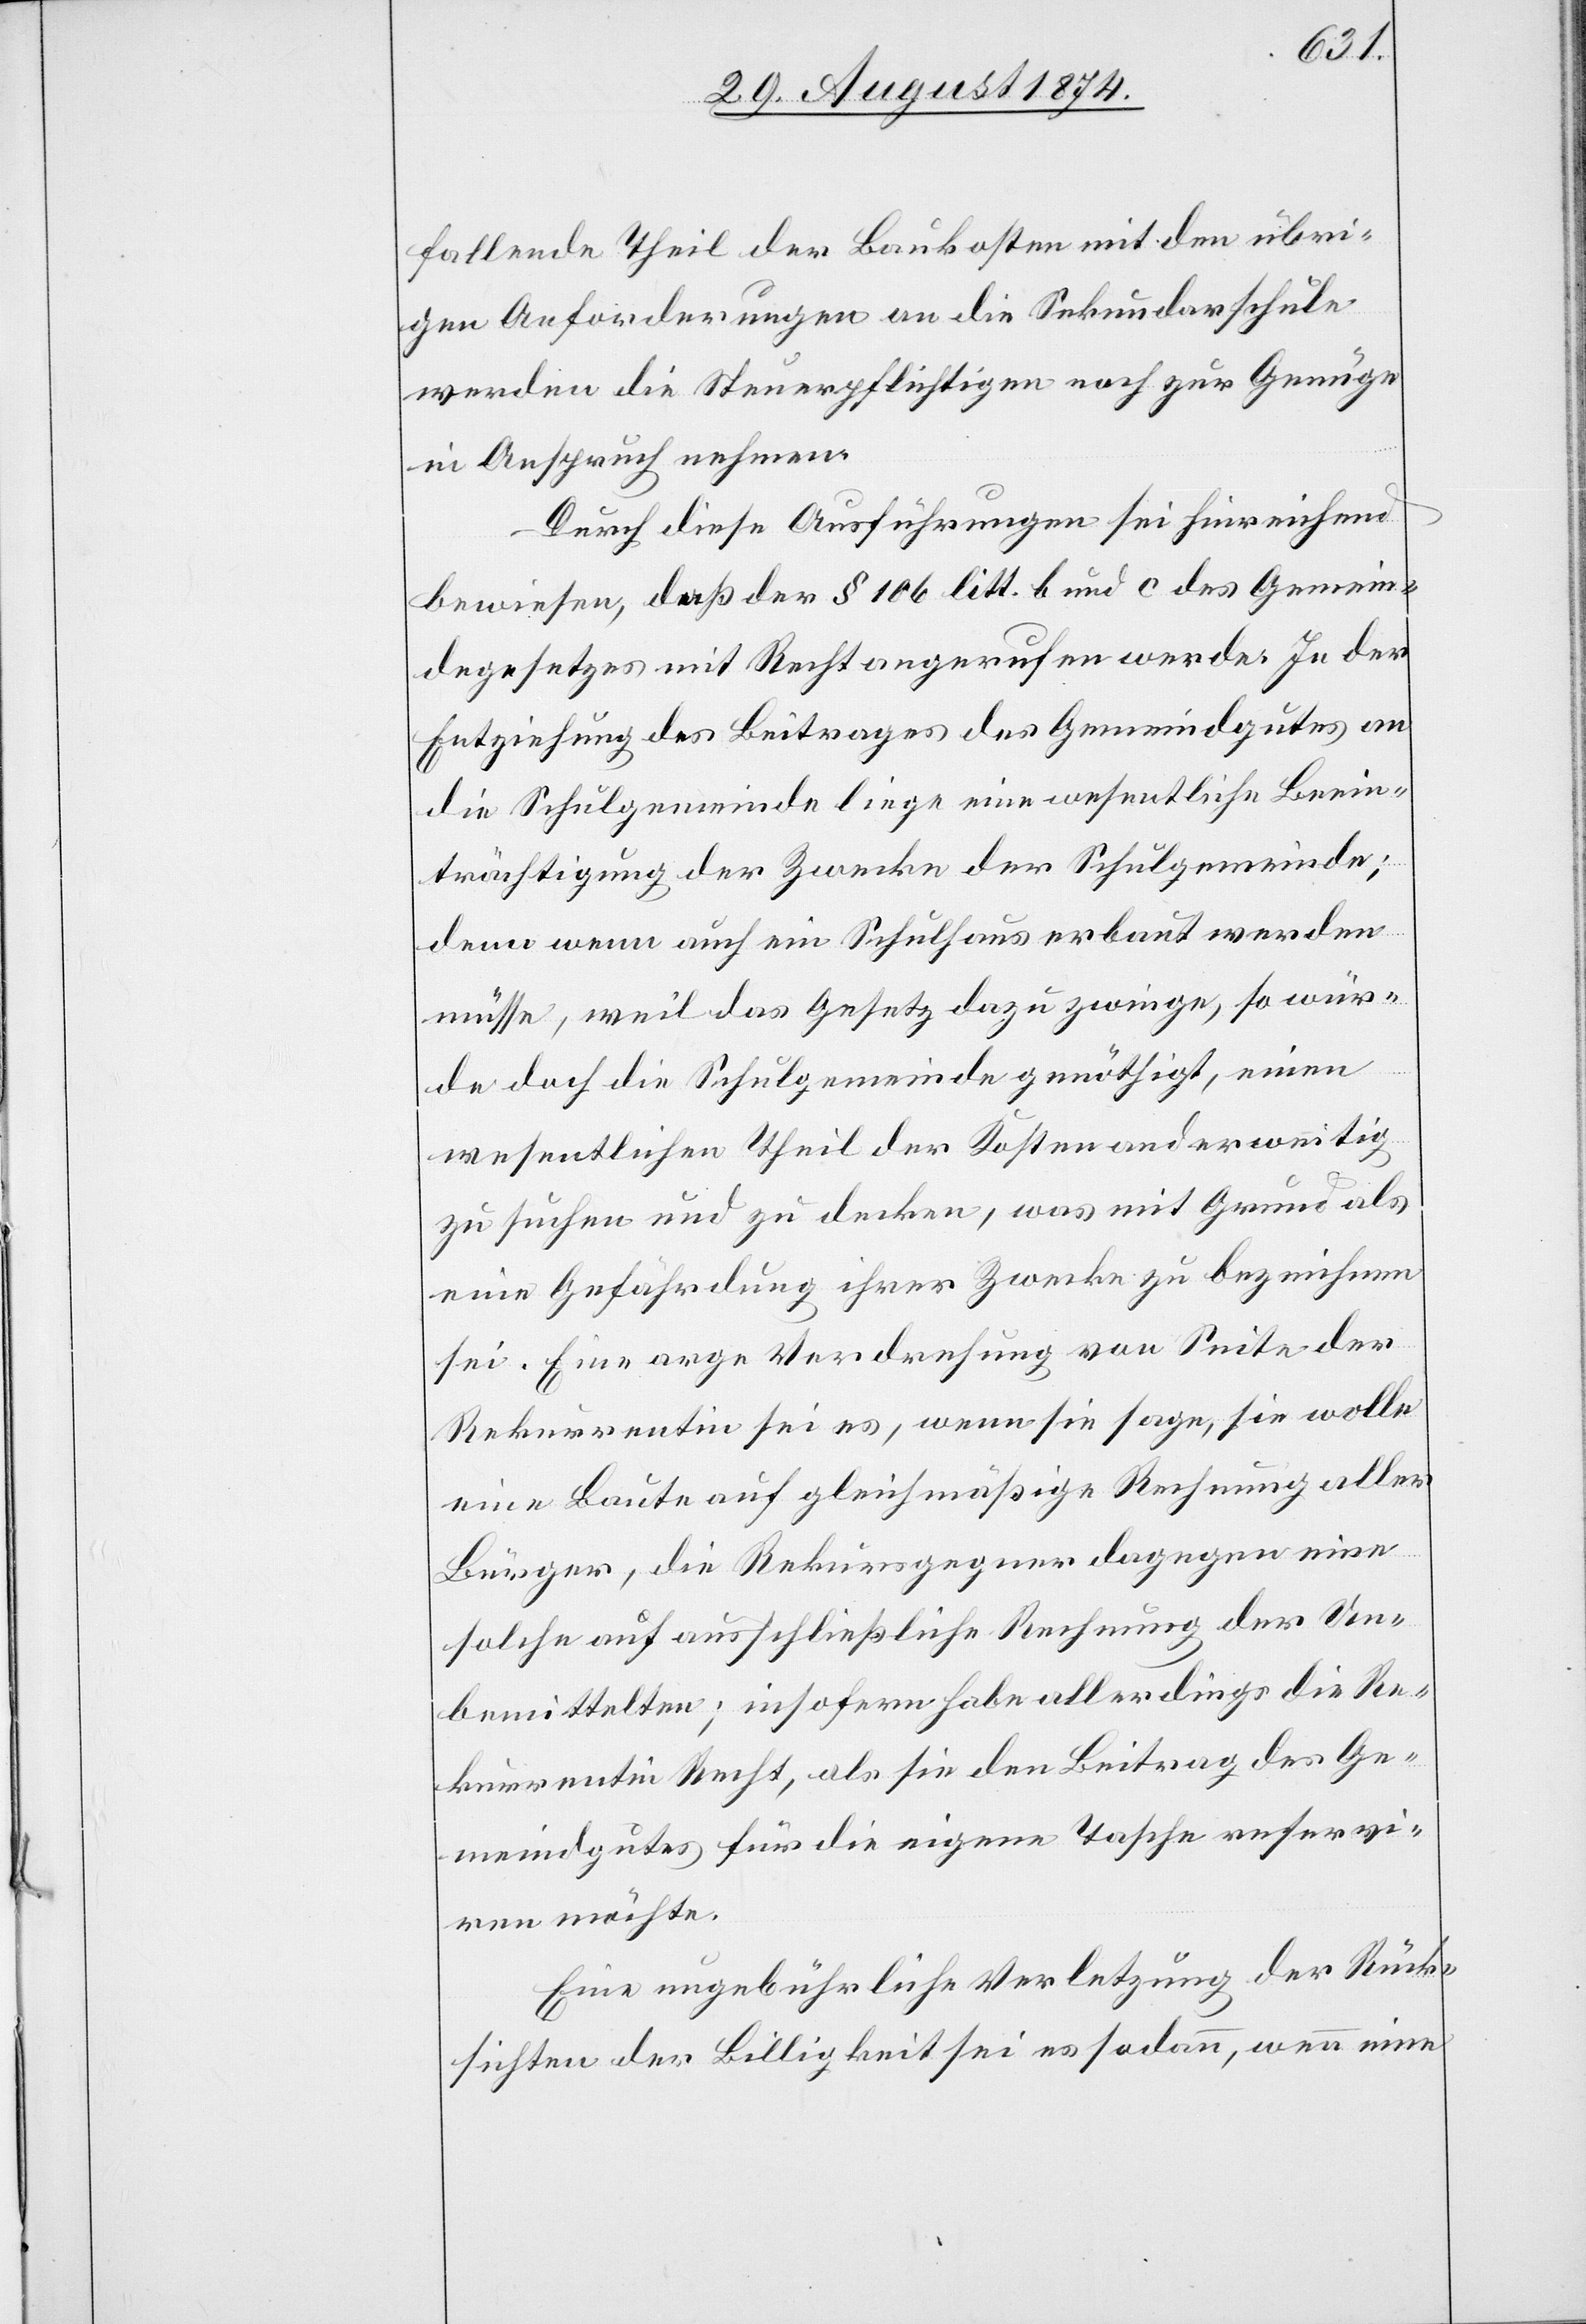
fallende Theil der Baukosten mit den übri¬
gen Anforderungen an die Sekundarschule
werde die Steuerpflichtigen noch zur Genüge
in Anspruch nehmen.
Durch diese Ausführungen sei hinreichend
bewiesen, daß der § 106 litt. b und c des Gemein¬
degesetzes mit Recht angerufen werde. In der
Entziehung des Beitrages des Gemeindgutes an
die Schulgemeinde liege eine wesentliche Beein¬
trächtigung der Zwecke der Schulgemeinde;
denn wenn auch ein Schulhaus erbaut werden
müsse, weil das Gesetz dazu zwinge, so wür¬
de doch die Schulgemeinde genöthigt, einen
wesentlichen Theil der Kosten anderweitig
zu suchen und zu decken, was mit Grund als
eine Gefährdung ihrer Zwecke zu bezeichnen
sei. Eine arge Verdrehung von Seite der
Rekurrentin sei es, wenn sie sage, sie wolle
eine Baute auf gleichmäßige Rechnung aller
Bürger, die Rekursgegner dagegen eine
solche auf ausschließliche Rechnung der Un¬
bemittelten; insofern habe allerdings die Re¬
kurrentin Recht, als sie den Beitrag des Ge¬
meindgutes für die eigene Tasche reservi¬
ren möchte.
Eine ungebührliche Verletzung der Rück¬
sichten der Billigkeit sei es sodann, wenn eine